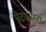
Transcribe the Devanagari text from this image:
पेटरनोस्टर